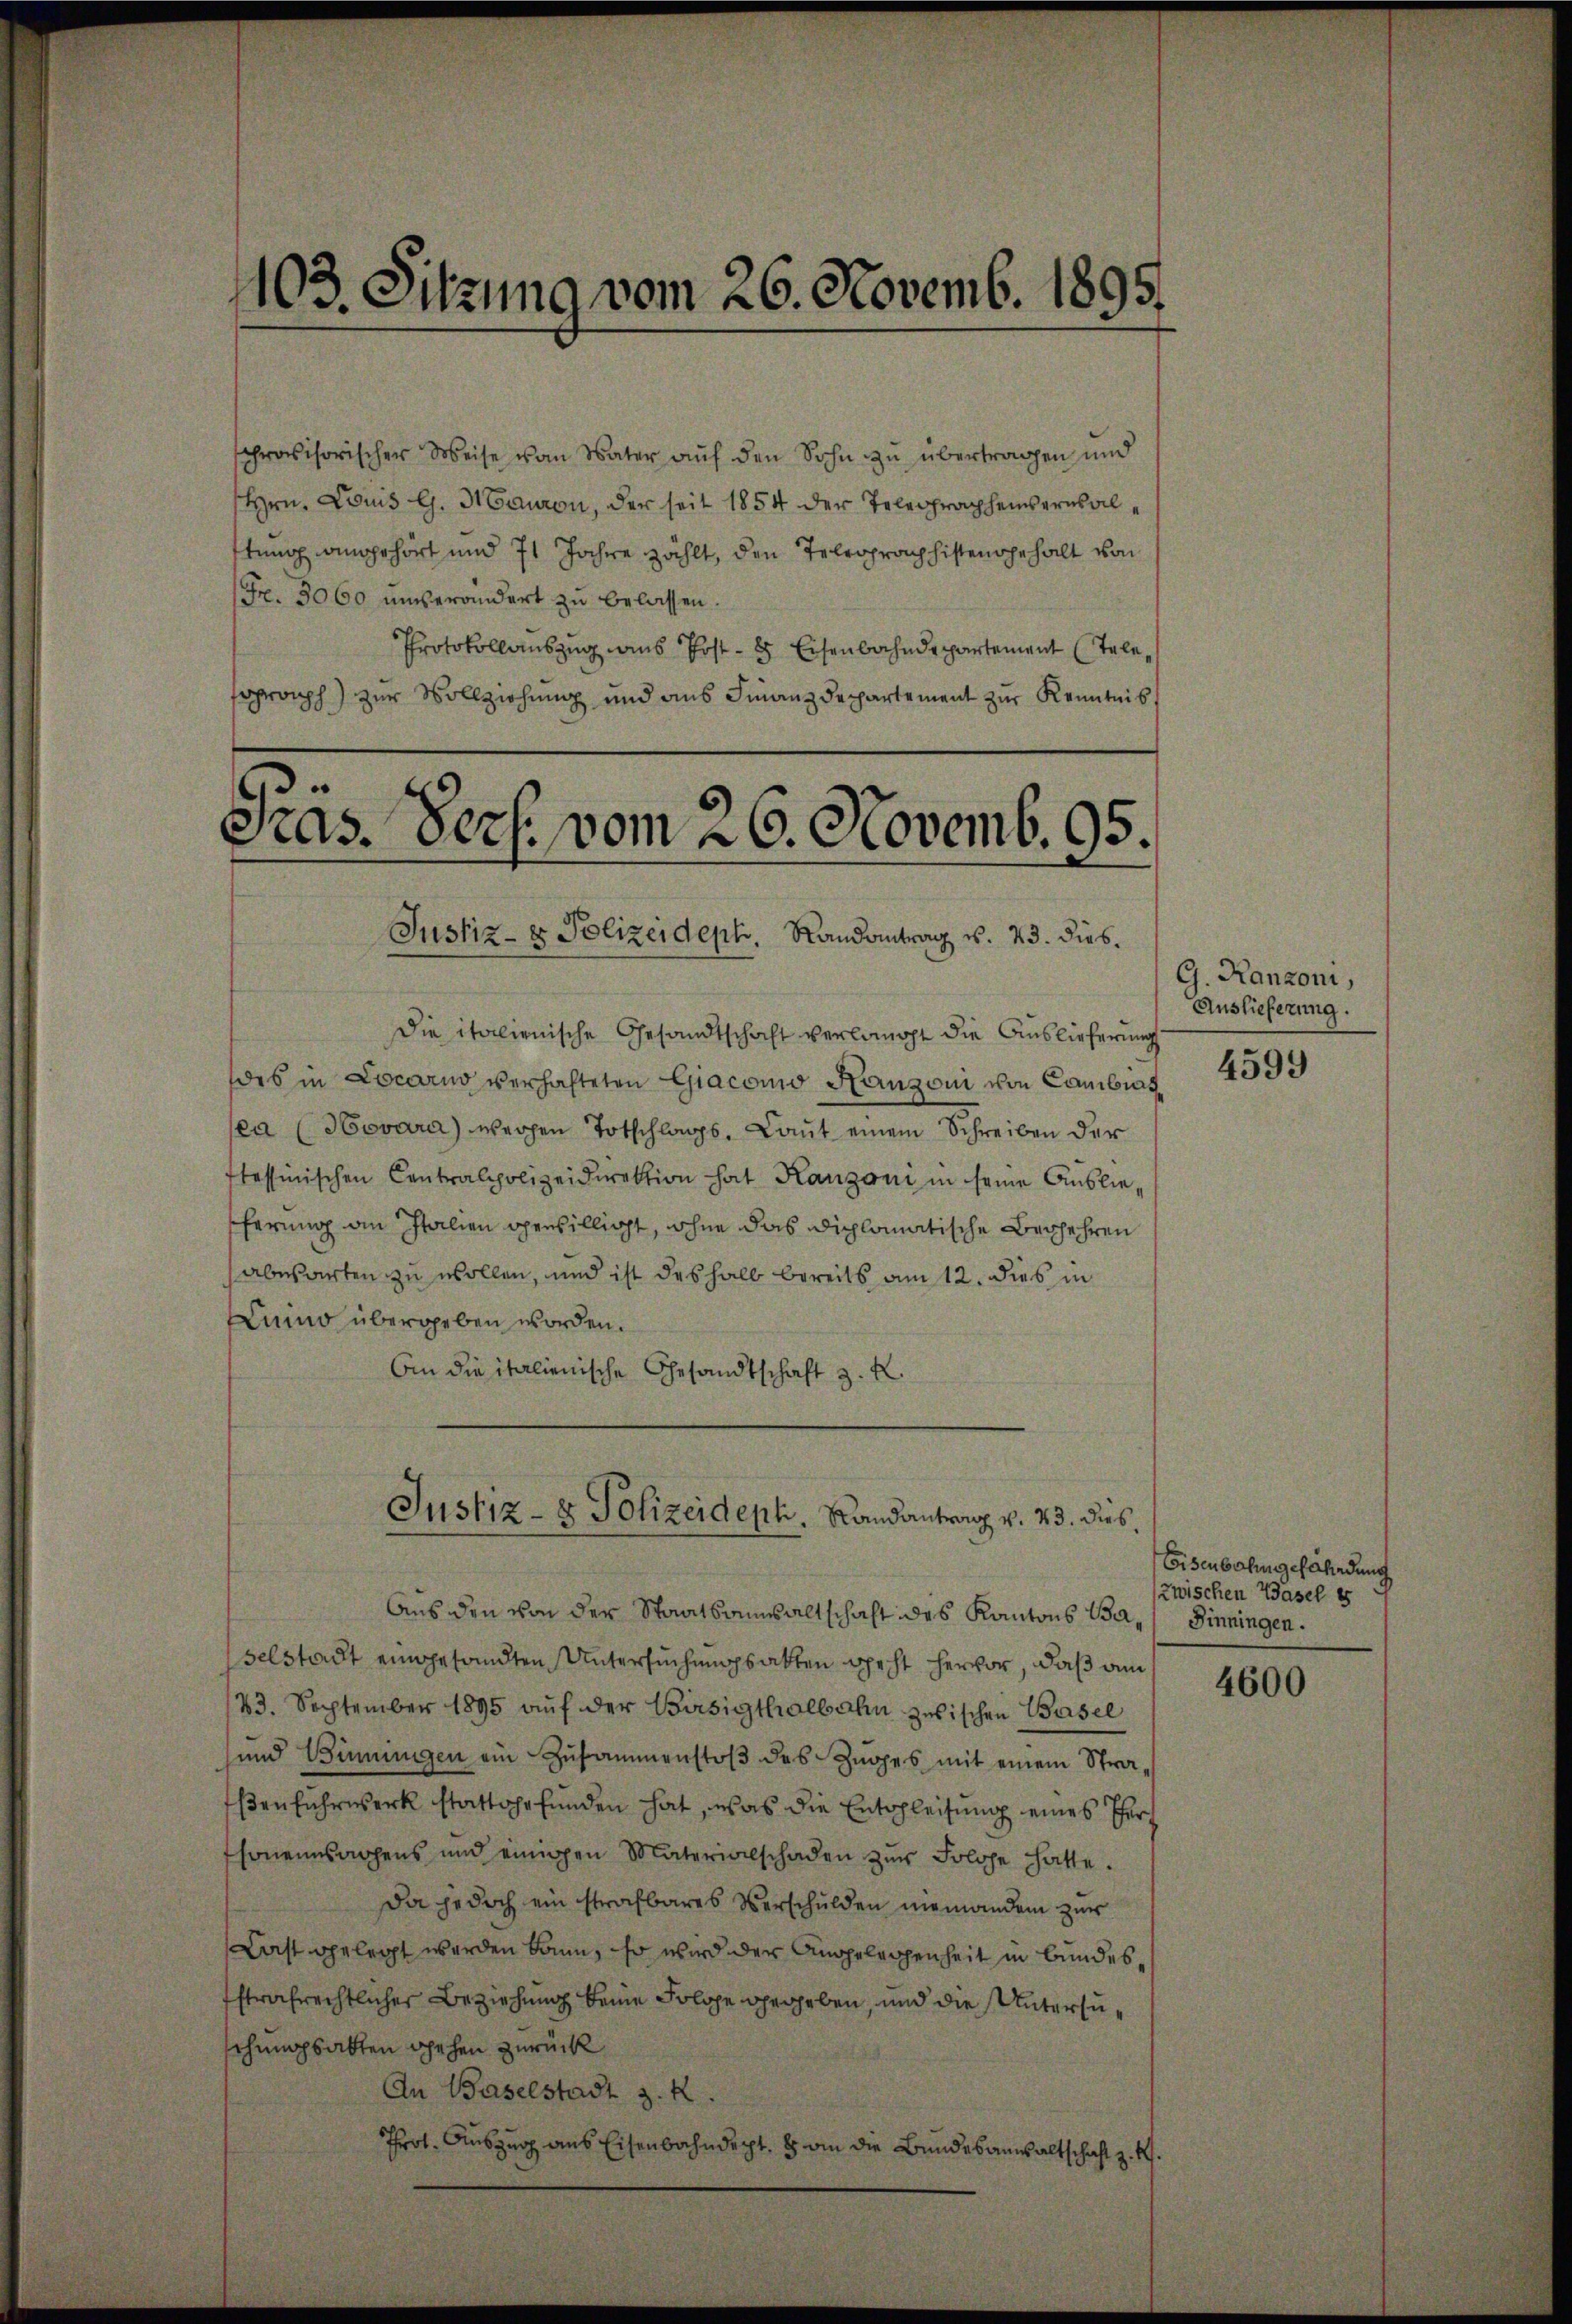
103. Sitzung vom 26. Novemb. 1895.

sphrovisorischer Weise vom Vater auf den Sohn zu übertragen und
Hrn. Lois G. Mauren, der seit 1854 der Telegraphenverwalttung angehört und 71 Jahre zählt, den Teleoprach histen gehalt von
Fr. 3060 unverändert zu belassen.
Protokollauszug aus Post- 8 Eisenbahndepartement Telesoproph) zur Vollziehung und aus Finanzdepartement zur Kenntnis

Gras. Pers. vom 26. Novemb. 95.
Justiz- & Polizeideph. Randantrag v. 23. dies.

die italienische Gesandtschaft verlangt die Auslieferung
des in Locarno verhafteten Giacomo Kanzoni von Cambias
(ea (Hovara) wegen Totschlags, Laut einem Schreiben der
ttessinischen Contralpolizeidirektion hat Kanzoni in seine Auslieferung an Italien openbillicht, ohne das diplomatische Begehren
abwarten zu wollen, und ist deshalb bereits am 12. dies in
Limo übergeben worden.
An die italienische Gesandtschaft z. K.
Aus den von der Staatsansaltschaft des Kantons BaDinningen.
selstadt eingesandten Untersuchungsakten geht hervor, daß am
23. September 1895 auf der Birsigthalbahn zwischen Basel
und Binnigen ein Zusammenstoß des Zuges mit einem Stra¬
Esenfuhrwerk stattgefunden hat, was die Entschleifung eines Therhonensachens und einigen Materialschaden zŭr Folge hatte.
Da jedoch ein strafbares Verschulden niemandem zur
Last gelegt werden kann, so wird der Angelegenheit in bundesstrafrechtlicher Beziehung keine Solche gegeben, und die Untersuschnapsalten schehen zurück
An Baselstadt z. R.
Prot. Auszug aus Eisenbahndept. 8 an die Bundesanwaltschaft z. R.

Justiz- & Polizeideph. Landantrag v. 23. dies,

G. Kanzoni,
Auslieferung.

4599

Eisenbahngefahndung
zwischen Basel es

4600